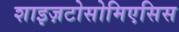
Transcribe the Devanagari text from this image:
शाइज़टोसोमिएसिस